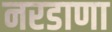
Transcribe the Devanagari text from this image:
नरडाणा